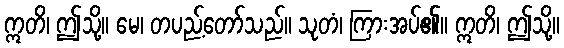
ဣတိ၊ ဤသို့။ မေ၊ တပည့်တော်သည်။ သုတံ၊ ကြားအပ်၏။ ဣတိ၊ ဤသို့။